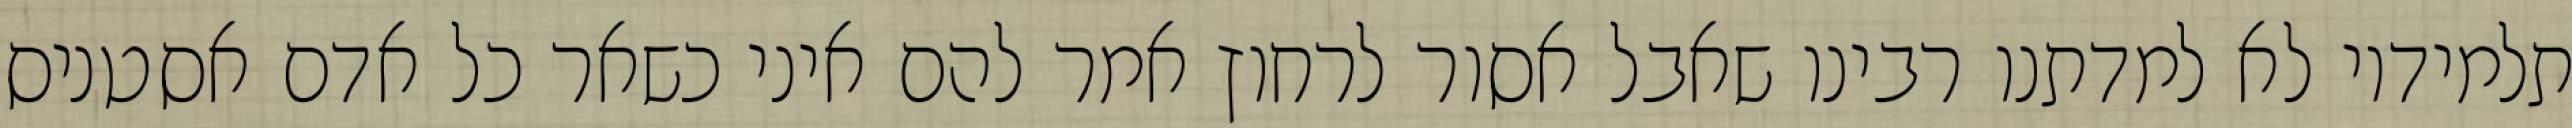
תלמידיו לא למדתנו רבינו שאבל אסור לרחוץ אמר להם איני כשאר כל אדם אסטניס